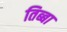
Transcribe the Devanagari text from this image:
तिब्बा